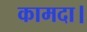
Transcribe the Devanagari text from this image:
कामदा।